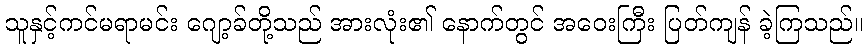
သူနှင့်ကင်မရာမင်း ဂျော့ခ်တို့သည် အားလုံး၏ နောက်တွင် အဝေးကြီး ပြတ်ကျန် ခဲ့ကြသည်။